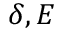
\delta , E